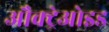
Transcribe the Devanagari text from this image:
औक्ट्रेओइड